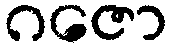
ဂဇော